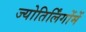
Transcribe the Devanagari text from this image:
ज्योतिर्लिंगोंमें